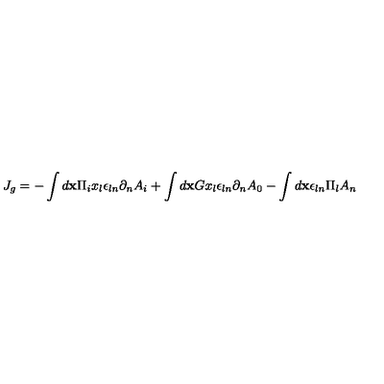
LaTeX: J _ { g } = - \int { d { \bf x } \Pi _ { i } x _ { l } \epsilon _ { l n } \partial _ { n } A _ { i } } + \int { d { \bf x } G x _ { l } \epsilon _ { l n } \partial _ { n } A _ { 0 } } - \int { d { \bf x } \epsilon _ { l n } \Pi _ { l } A _ { n } }